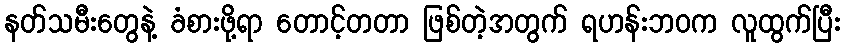
နတ်သမီးတွေနဲ့ ခံစားဖို့ရာ တောင့်တတာ ဖြစ်တဲ့အတွက် ရဟန်းဘဝက လူထွက်ပြီး